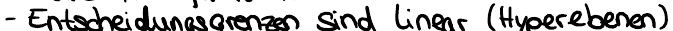
- Entscheidungsgrenzen sind linear (Hyperebenen)